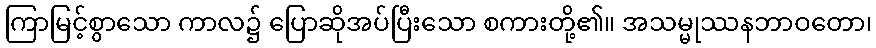
ကြာမြင့်စွာသော ကာလ၌ ပြောဆိုအပ်ပြီးသော စကားတို့၏။ အသမ္မုဿနဘာဝတော၊